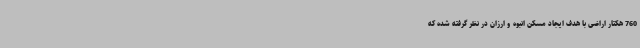
760 هکتار اراضی با هدف ایجاد مسکن انبوه و ارزان در نظر گرفته شده که